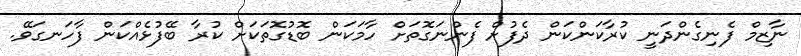
ނާޒިމް ފެނިގެންދަނީ ކުރާކަންކަން ދެފުށް ފެންނަގޮތަށް ހާމަކަން ބޮޑުގޮތަކަށް ކުރާ ބޭފުޅެއްކަން ފާހަނގަވޭ.